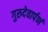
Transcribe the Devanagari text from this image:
गुरुदेवार्पणं